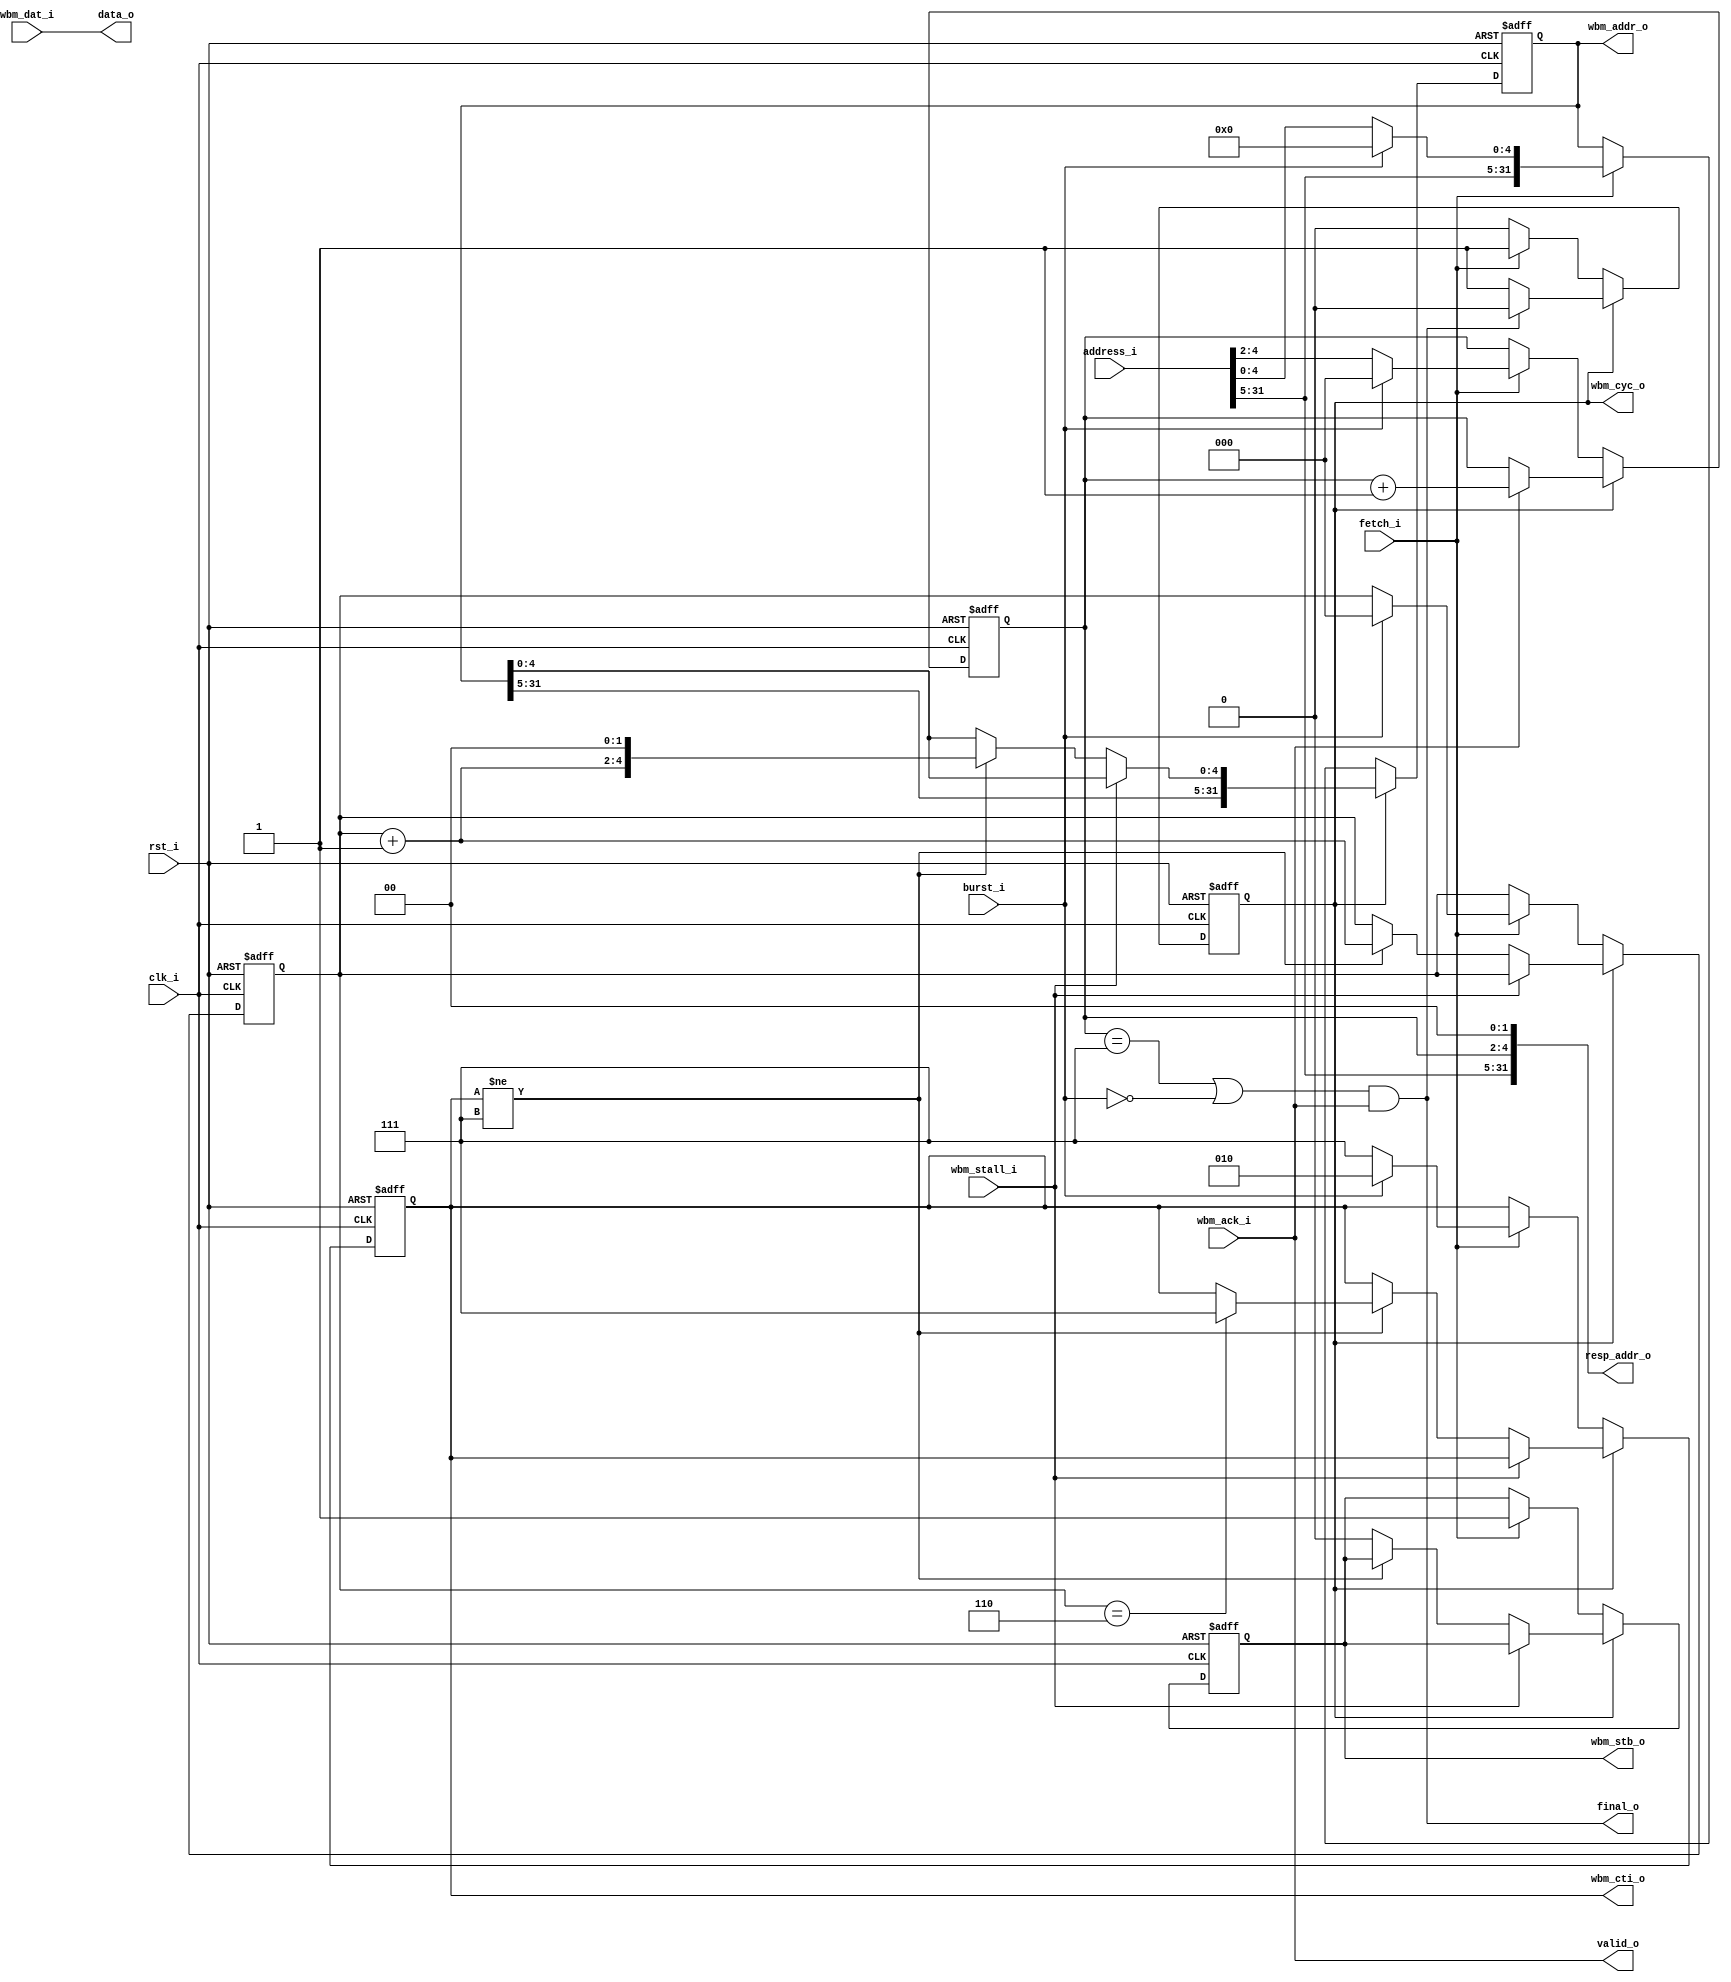
module altor32_wb_fetch
( 
    input                       clk_i /*verilator public*/,
    input                       rst_i /*verilator public*/,

    // Fetch
    input                       fetch_i /*verilator public*/,
    input                       burst_i /*verilator public*/,
    input [31:0]                address_i /*verilator public*/,

    // Response
    output [31:0]               resp_addr_o /*verilator public*/,
    output [31:0]               data_o /*verilator public*/,
    output                      valid_o /*verilator public*/,
    output                      final_o /*verilator public*/,

    // Memory interface
    output reg [31:0]           wbm_addr_o /*verilator public*/,
    input [31:0]                wbm_dat_i /*verilator public*/,
    output reg [2:0]            wbm_cti_o /*verilator public*/,
    output reg                  wbm_cyc_o /*verilator public*/,
    output reg                  wbm_stb_o /*verilator public*/,
    input                       wbm_stall_i/*verilator public*/,
    input                       wbm_ack_i/*verilator public*/
);

//-----------------------------------------------------------------
// Params
//-----------------------------------------------------------------
parameter FETCH_WORDS_W             = 3; /* 2 ^ 3 * 4 = 32 */
parameter FETCH_BYTES_W             = FETCH_WORDS_W + 2;

parameter WB_CTI_BURST              = 3'b010;
parameter WB_CTI_FINAL              = 3'b111;

//-----------------------------------------------------------------
// Registers / Wires
//-----------------------------------------------------------------

// Word currently being fetched within a line
reg [FETCH_WORDS_W-1:0]  fetch_word_q;
reg [FETCH_WORDS_W-1:0]  resp_word_q;

wire [FETCH_WORDS_W-1:0] next_word_w  = fetch_word_q + 1'b1;

wire penultimate_word_w  = (fetch_word_q == ({FETCH_WORDS_W{1'b1}}-1'b1));

wire final_resp_w        = ((resp_word_q  == {FETCH_WORDS_W{1'b1}}) | ~burst_i);

//-----------------------------------------------------------------
// Pipelined Wishbone Master
//-----------------------------------------------------------------
always @ (posedge rst_i or posedge clk_i )
begin
   if (rst_i == 1'b1)
   begin
        wbm_addr_o      <= 32'h00000000;
        wbm_cti_o       <= 3'b0;
        wbm_stb_o       <= 1'b0;
        wbm_cyc_o       <= 1'b0;

        fetch_word_q    <= {FETCH_WORDS_W{1'b0}};
        resp_word_q     <= {FETCH_WORDS_W{1'b0}};
   end
   else
   begin
        // Idle
        if (!wbm_cyc_o)
        begin
            if (fetch_i)
            begin
                if (burst_i)
                begin
                    wbm_addr_o      <= {address_i[31:FETCH_BYTES_W], {FETCH_BYTES_W{1'b0}}};
                    fetch_word_q    <= {FETCH_WORDS_W{1'b0}};
                    resp_word_q     <= {FETCH_WORDS_W{1'b0}};
                    
                    // Incrementing linear burst
                    wbm_cti_o       <= WB_CTI_BURST;
                end
                else
                begin                    
                    wbm_addr_o      <= address_i;
                    resp_word_q     <= address_i[FETCH_BYTES_W-1:2];

                    // Single fetch
                    wbm_cti_o       <= WB_CTI_FINAL;                    
                end

                // Start fetch from memory
                wbm_stb_o           <= 1'b1;
                wbm_cyc_o           <= 1'b1;                        
            end
        end
        // Access in-progress
        else
        begin
            // Command accepted
            if (~wbm_stall_i)
            begin
                // Fetch next word for line
                if (wbm_cti_o != WB_CTI_FINAL)
                begin
                    wbm_addr_o      <= {wbm_addr_o[31:FETCH_BYTES_W], next_word_w, 2'b0};
                    fetch_word_q    <= next_word_w;
                    
                    // Final word to read?
                    if (penultimate_word_w)
                        wbm_cti_o   <= WB_CTI_FINAL;
                end
                // Fetch complete
                else
                    wbm_stb_o       <= 1'b0;
            end

            // Response
            if (wbm_ack_i)
                resp_word_q         <= resp_word_q + 1'b1;

            // Last response?
            if (final_o)
                wbm_cyc_o           <= 1'b0;
        end
   end
end

// Response
assign data_o       = wbm_dat_i;
assign valid_o      = wbm_ack_i;
assign final_o      = final_resp_w & wbm_ack_i;
assign resp_addr_o  = {address_i[31:FETCH_BYTES_W], resp_word_q, 2'b0};

endmodule